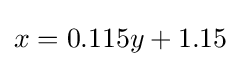
x=0.115y+1.15